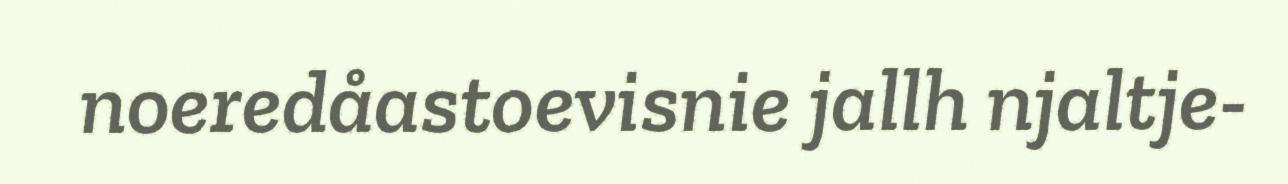
noeredåastoevisnie jallh njaltje-